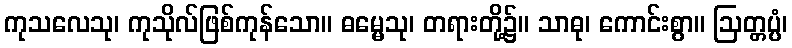
ကုသလေသု၊ ကုသိုလ်ဖြစ်ကုန်သော။ ဓမ္မေသု၊ တရားတို့၌။ သာဓု၊ ကောင်းစွာ။ ဩတ္တပ္ပံ၊